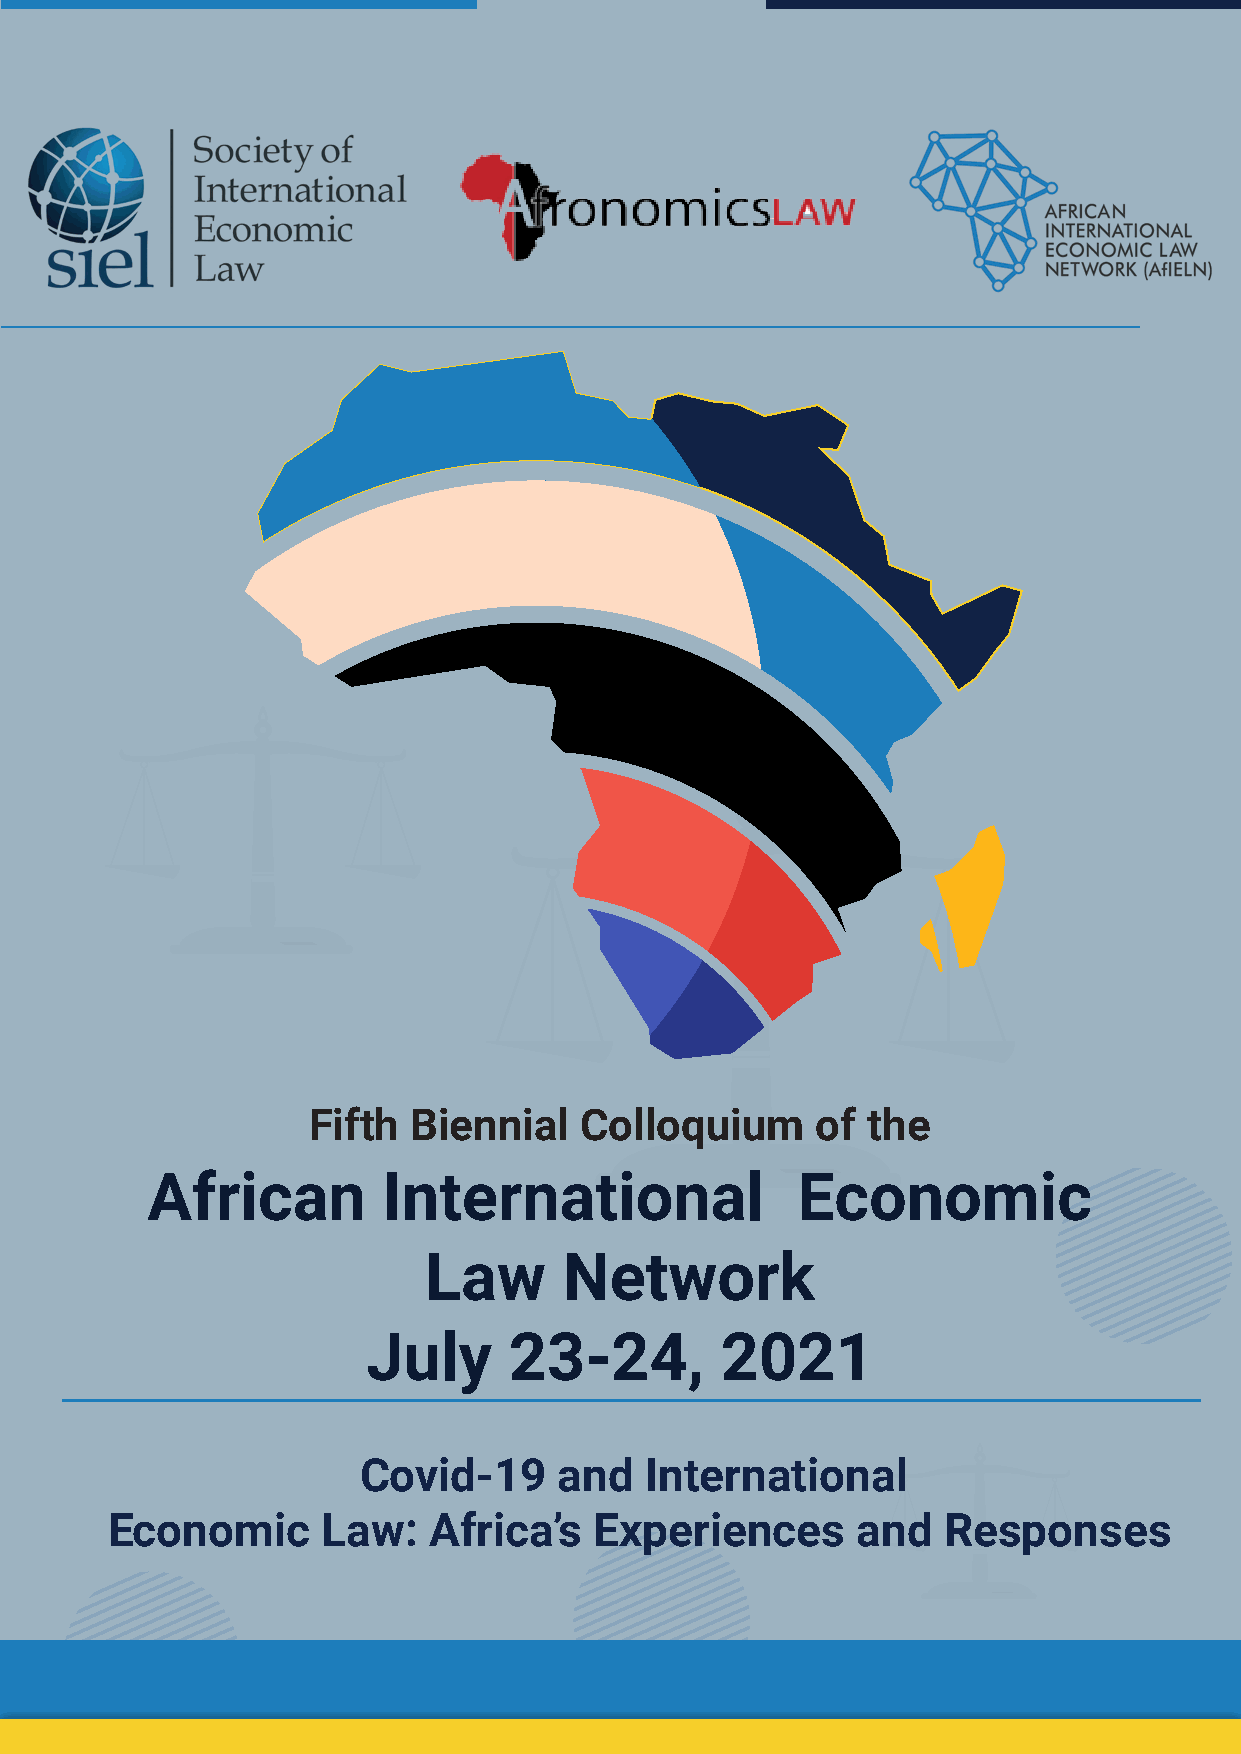
Fifth  Biennial   Colloquium      of the
 African        International               Economic
 Law      Network
 July      23-24,        2021
 Covid-19     and   International
 Economic      Law:   Africa’s   Experiences       and  Responses